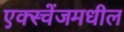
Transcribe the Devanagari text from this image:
एक्स्चेंजमधील